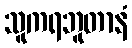
သူကရဘူတာနံ